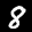
Label: 8